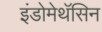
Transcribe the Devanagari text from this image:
इंडोमेथॅसिन